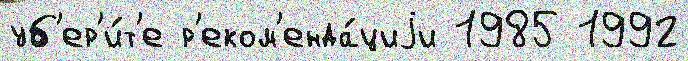
уб'ер'и́т'е р'еком'енда́циjи 1985 1992